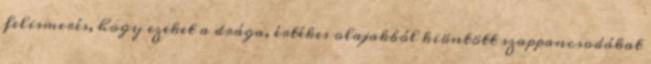
felismerés, hogy ezeket a drága, értékes olajakból kiöntött szappancsodákat